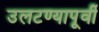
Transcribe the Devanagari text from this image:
उलटण्यापूर्वी